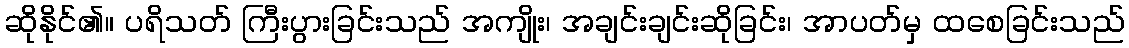
ဆိုနိုင်၏။ ပရိသတ် ကြီးပွားခြင်းသည် အကျိုး၊ အချင်းချင်းဆိုခြင်း၊ အာပတ်မှ ထစေခြင်းသည်